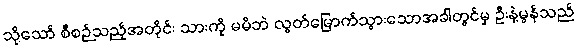
သို့သော် စီစဉ်သည့်အတိုင်း သားကို မမိဘဲ လွတ်မြောက်သွားသောအခါတွင်မှ ဦးနဲ့မွန်သည်